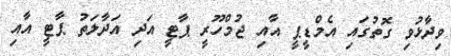
ވިދާޅުވި ގޮތުގައި އެމްޑީޕީ އާއި ޖުމްހޫރީ ޕާޓީ އަދި އަދާލަތު ޕާޓީ އާއި